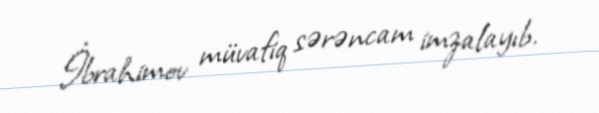
İbrahimov müvafiq sərəncam imzalayıb.